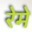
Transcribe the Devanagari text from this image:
रेमे